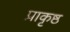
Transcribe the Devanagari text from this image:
प्राकृष्ठ